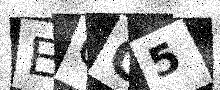
Text: EOC5